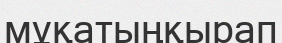
мұқатыңқырап